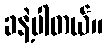
ခနဲ့ပါတယ်။